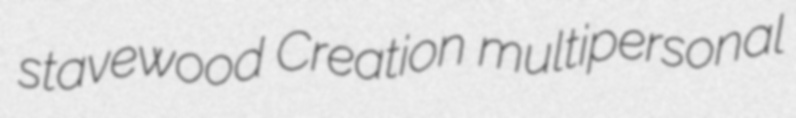
stavewood Creation multipersonal